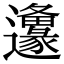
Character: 𨙅